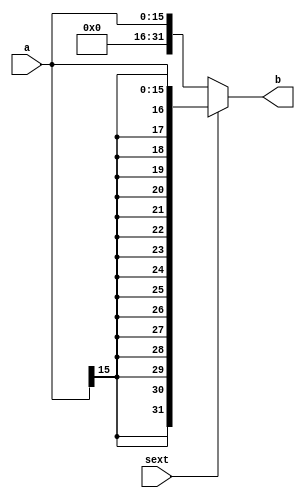
`timescale 1ns / 1ps
//////////////////////////////////////////////////////////////////////////////////
// Company: 
// Engineer: 
// 
// Design Name: 
// Module Name:    ext 
// Project Name: 
// Target Devices: 
// Tool versions: 
// Description: 
//
// Dependencies: 
//
// Revision: 
// Revision 0.01 - File Created
// Additional Comments: 
//
//////////////////////////////////////////////////////////////////////////////////
module ext #(parameter WIDTH=16)(

				input [WIDTH-1:0] a, //
				input sext, //sext  0 
				output[31:0] b //32 
				);
			assign b = sext?{{(32 - WIDTH){a[WIDTH - 1]}}, a}:{27'b0, a};	
			
			
	

endmodule